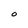
Character: O